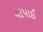
ચોપાઈ